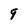
Character: 9